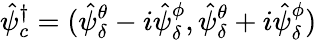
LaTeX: \hat{\psi}_{c}^{\dagger}=(\hat{\psi}_{\delta}^{\theta}-i\hat{\psi}_{\delta}^{\phi},\hat{\psi}_{\delta}^{\theta}+i\hat{\psi}_{\delta}^{\phi})